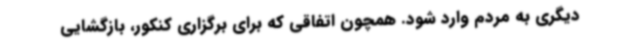
دیگری به مردم وارد شود. همچون اتفاقی که برای برگزاری کنکور، بازگشایی